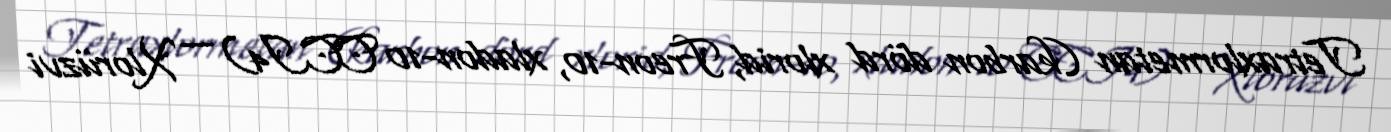
Tetraxlormetan (karbon dörd xlorid, Freon-10, xladon-10 CCI4) — Xlorüzvi